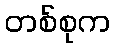
တစ်စုက